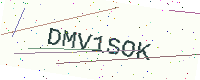
Text: DMV1SOK